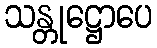
သန္တုဋ္ဌောပေ